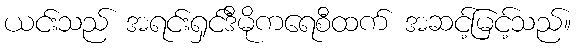
ယင်းသည် အရင်းရှင်ဒီမိုကရေစီထက် အဆင့်မြင့်သည်။